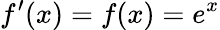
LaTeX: f^{\prime}(x)=f(x)=e^{x}